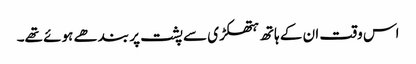
اس وقت ان کے ہاتھ ہتھکڑی سے پشت پر بندھے ہوئے تھے۔